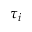
\tau _ { i }